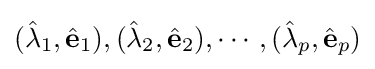
({\hat {\lambda }}_{1},{\hat {\mathbf {e} }}_{1}),({\hat {\lambda }}_{2},{\hat {\mathbf {e} }}_{2}),\cdots ,({\hat {\lambda }}_{p},{\hat {\mathbf {e} }}_{p})